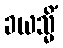
ခယသ္မိံ